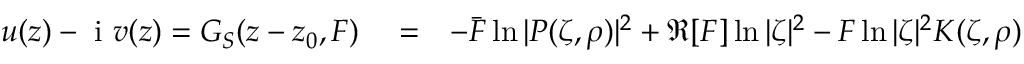
\begin{array} { r l r } { u ( z ) - \mathrm { ~ i ~ } v ( z ) = G _ { S } ( z - z _ { 0 } , F ) } & { { } = } & { - \bar { F } \ln | P ( \zeta , \rho ) | ^ { 2 } + \Re [ F ] \ln | \zeta | ^ { 2 } - F \ln | \zeta | ^ { 2 } K ( \zeta , \rho ) } \end{array}